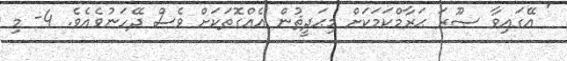
' އޭގައިވާ ޞޫރަ ޙަރާމްކަމަކަށް މިޙަދީޘުން އެއްގޮތަކަށް ވެސް ދޭހަނުވެއެވެ. 4- މި